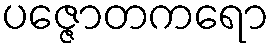
ပဇ္ဇောတကရော